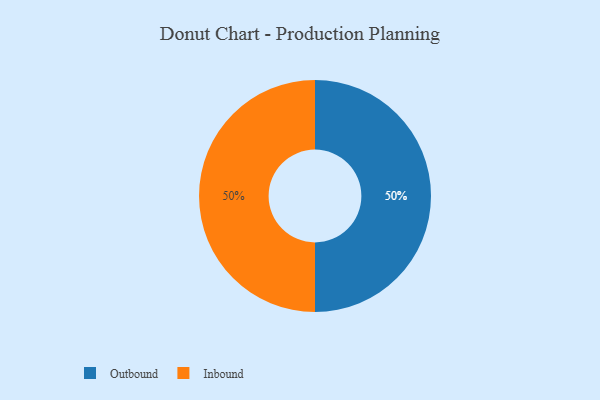
{"axis": {"x": "Category", "y": "Percentage"}, "legend": ["Inbound", "Outbound"], "data": [{"x": "Outbound", "y": 50, "type": "Outbound"}, {"x": "Inbound", "y": 50, "type": "Inbound"}]}